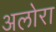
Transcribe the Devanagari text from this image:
अलोरा